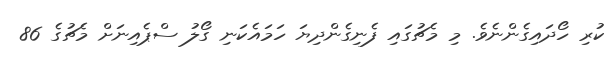
ކުރި ހޯދައިގެންނެވެ. މި މެޗުގައި ފެނިގެންދިޔަ ހަމައެކަނި ގޯލު ސްޕެއިނަށް މެޗުގެެ 86